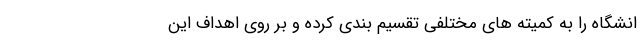
انشگاه را به کمیته های مختلفی تقسیم بندی کرده و بر روی اهداف این